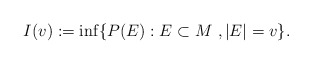
\begin{align*}I(v):=\inf\{P(E): E\subset M\ , |E|=v\}.\end{align*}